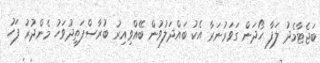
ބަޖެޓާމެދު ލަފާ ހޯދަން ގަވަރުނަރާ އެކު ބައްދަލުވުން ބޭއްވިއިރު ބުރާސްފަތިދުވަހު މެންދުރު ފަހު